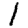
Digit: 1